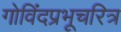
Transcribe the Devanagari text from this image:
गोविंदप्रभूचरित्र